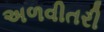
અળવીતરી